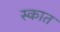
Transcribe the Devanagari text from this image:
स्कात